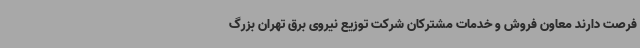
فرصت دارند معاون فروش و خدمات مشترکان شرکت توزیع نیروی برق تهران بزرگ